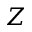
Z